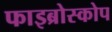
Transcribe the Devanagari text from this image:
फाइब्रोस्कोप